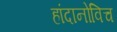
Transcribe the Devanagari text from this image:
हांदानोविच